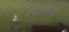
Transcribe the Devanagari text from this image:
रसविनोद